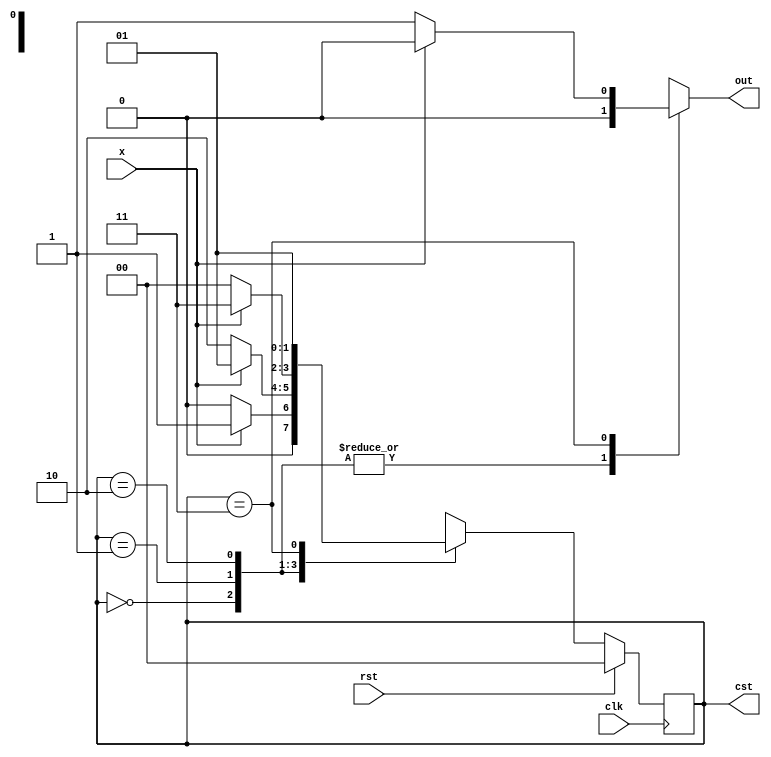
`timescale 1ns / 1ps
module mealy_1010(x,clk,rst,out,cst );
output reg out; output reg[1:0]cst;
input clk,x,rst;
reg [1:0]nst;
parameter s0 =2'b00,s1 =2'b01,s2 =2'b10,s3 =2'b11;
always @(posedge clk)
begin if(rst==1) cst = s0;else cst=nst;
end
always@(*)
begin case(cst)
s0: if(x==1) begin nst =s1; out =0;end else begin  nst =s0 ; out =0;end
s1: if(x==0) begin nst =s2; out =0;end else begin  nst =s1 ; out =0;end
s2: if(x==1) begin nst =s3; out =0;end else begin  nst =s0 ; out =0;end  
s3: if(x==0) begin nst =s1; out =1;end else begin  nst =s1 ; out =0;end
default : nst =s0;
endcase 
end
endmodule